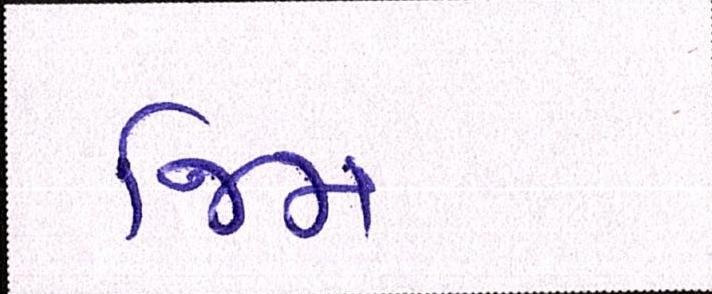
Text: જિમ